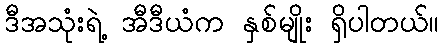
ဒီအသုံးရဲ့ အီဒီယံက နှစ်မျိုး ရှိပါတယ်။